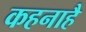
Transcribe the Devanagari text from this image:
कहनाहै